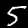
Digit: 5